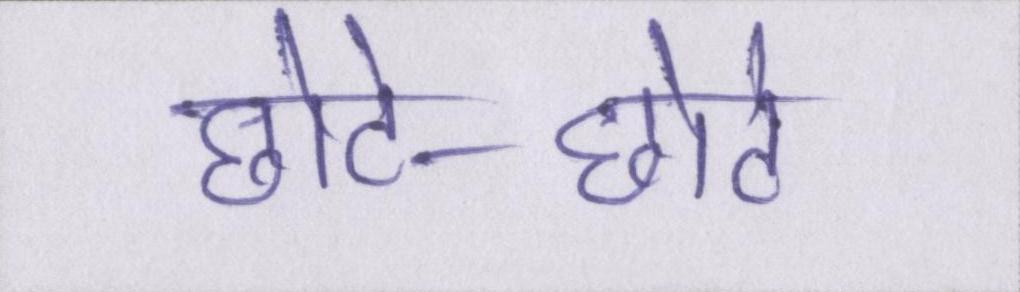
छोटे-छोटे